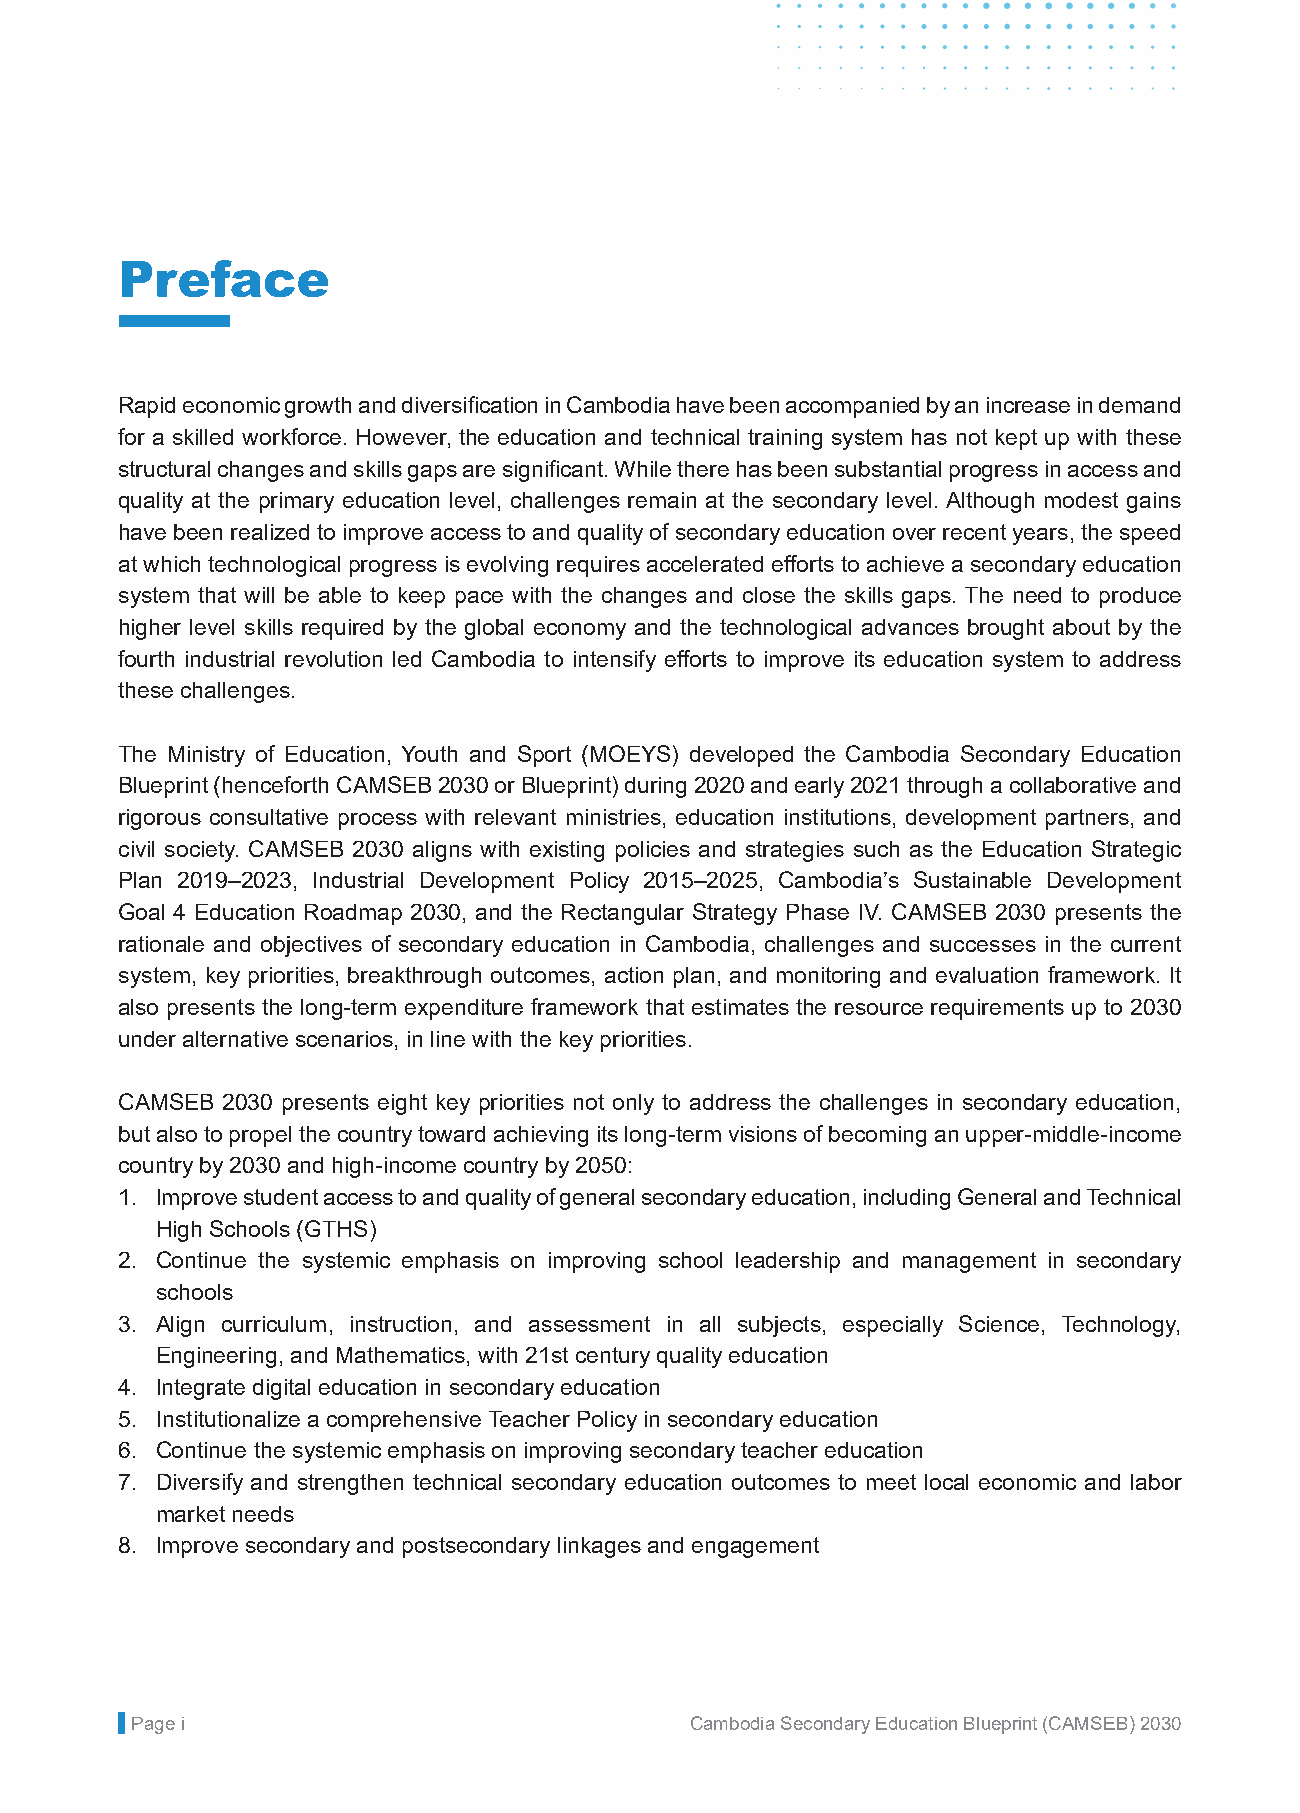
Unofficial Translation
 Preface
 Rapid economic growth and diversification in Cambodia have been accompanied by an increase in demand
 for a skilled workforce. However, the education and technical training system has not kept up with these
 structural changes and skills gaps are significant. While there has been substantial progress in access and
 quality at the primary education level, challenges remain at the secondary level. Although modest gains
 have been realized to improve access to and quality of secondary education over recent years, the speed
 at which technological progress is evolving requires accelerated efforts to achieve a secondary education
 system that will be able to keep pace with the changes and close the skills gaps. The need to produce
 higher level skills required by the global economy and the technological advances brought about by the
 fourth industrial revolution led Cambodia to intensify efforts to improve its education system to address
 these challenges.
 The Ministry of Education, Youth and Sport (MOEYS) developed the Cambodia Secondary Education
 Blueprint (henceforth CAMSEB 2030 or Blueprint) during 2020 and early 2021 through a collaborative and
 rigorous consultative process with relevant ministries, education institutions, development partners, and
 civil society. CAMSEB 2030 aligns with existing policies and strategies such as the Education Strategic
 Plan 2019–2023, Industrial Development Policy 2015–2025, Cambodia’s Sustainable Development
 Goal 4 Education Roadmap 2030, and the Rectangular Strategy Phase IV. CAMSEB 2030 presents the
 rationale and objectives of secondary education in Cambodia, challenges and successes in the current
 system, key priorities, breakthrough outcomes, action plan, and monitoring and evaluation framework. It
 also presents the long-term expenditure framework that estimates the resource requirements up to 2030
 under alternative scenarios, in line with the key priorities.
 CAMSEB 2030 presents eight key priorities not only to address the challenges in secondary education,
 but also to propel the country toward achieving its long-term visions of becoming an upper-middle-income
 country by 2030 and high-income country by 2050:
 1. Improve student access to and quality of general secondary education, including General and Technical
 High Schools (GTHS)
 2. Continue the systemic emphasis on improving school leadership and management in secondary
 schools
 3. Align curriculum, instruction, and assessment in all subjects, especially Science, Technology,
 Engineering, and Mathematics, with 21st century quality education
 4. Integrate digital education in secondary education
 5. Institutionalize a comprehensive Teacher Policy in secondary education
 6. Continue the systemic emphasis on improving secondary teacher education
 7. Diversify and strengthen technical secondary education outcomes to meet local economic and labor
 market needs
 8. Improve secondary and postsecondary linkages and engagement
 PPaaggee 4i                          CCaammbbooddiiaa SSeeccoonnddaarryy EEdduuccaattiioonn BBlluueepprriinntt ((CCAAMMSSEEBB)) 22003300